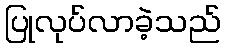
ပြုလုပ်လာခဲ့သည်